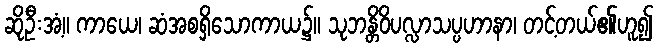
ဆိုဦးအံ့။ ကာယေ၊ ဆံအစရှိသောကာယ၌။ သုဘန္တိဝိပလ္လာသပ္ပဟာနာ၊ တင့်တယ်၏ဟူ၍